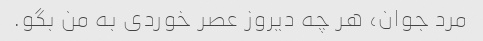
مرد جوان، هر چه دیروز عصر خوردی به من بگو.